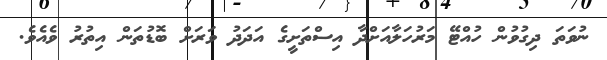
ނުވަތަ ދިގުވުން ހުއްޓޭ މަރުހަލާއަށްދާ އިސްތަށީގެ އަދަދު ވަރަށް ބޮޑުތަން އިތުރު ވެއެވެ.